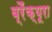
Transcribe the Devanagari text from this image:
ब्रैंक्यूरा